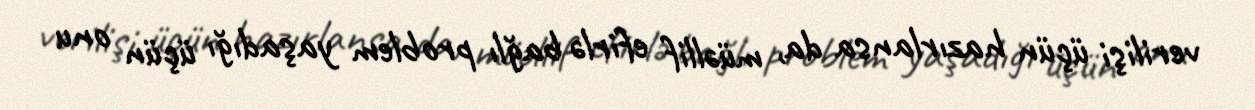
verilişi üçün hazırlansa da, müəllif efirlə bağlı problem yaşadığı üçün onu